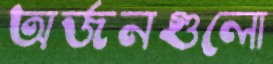
অর্জনগুলো